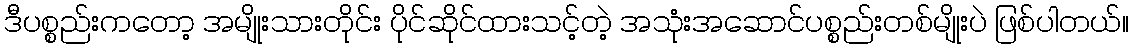
ဒီပစ္စည်းကတော့ အမျိုးသားတိုင်း ပိုင်ဆိုင်ထားသင့်တဲ့ အသုံးအဆောင်ပစ္စည်းတစ်မျိုးပဲ ဖြစ်ပါတယ်။